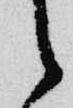
之